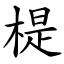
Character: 㮛